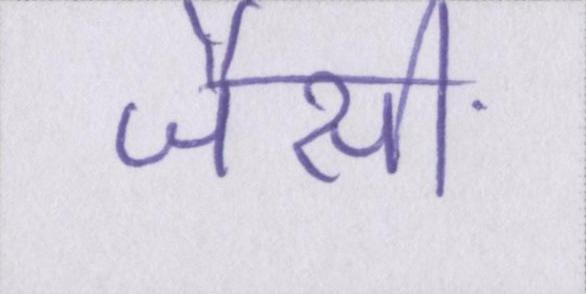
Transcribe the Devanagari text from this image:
जैसी